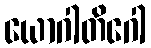
ယောဂါတိဂေါ